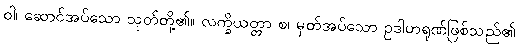
ဝါ၊ ဆောင်အပ်သော သုတ်တို့၏။ လက္ခိယတ္တာ စ၊ မှတ်အပ်သော ဥဒါဟရုဏ်ဖြစ်သည်၏